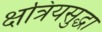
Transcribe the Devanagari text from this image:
क्षत्रियसुद्धा